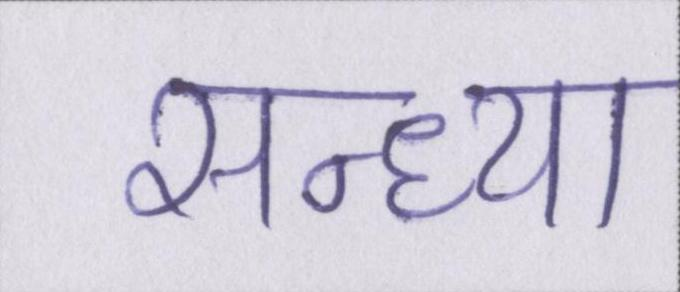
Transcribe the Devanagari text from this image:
सन्ध्या